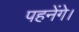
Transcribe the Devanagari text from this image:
पहनेंगे।